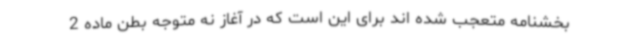
بخشنامه متعجب شده اند برای این است که در آغاز نه متوجه بطن ماده 2